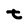
Character: t